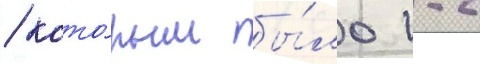
/ кото́рым бы́ло 1-2